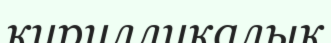
кирилликалық